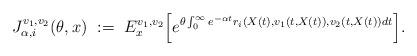
LaTeX: \begin{align*}J^{v_1, v_2}_{\alpha, i}(\theta, x) \ := \ E^{v_1, v_2}_x\Big[ e^{\theta \int^{\infty}_0 e^{-\alpha t} r_i(X(t), v_1(t,X(t)), v_2(t,X(t)) dt} \Big] .\end{align*}